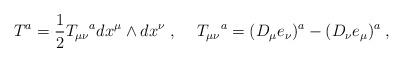
LaTeX: \begin{align*}T^{a}=\frac{1}{2}T_{\mu \nu }{}^{a}dx^{\mu }\wedge dx^{\nu }\; ,\hspace {0.5cm}T_{\mu \nu }{}^{a}=(D_{\mu }e_{\nu })^{a}-(D_{\nu }e_{\mu })^{a}\; ,\end{align*}